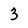
Character: 3